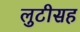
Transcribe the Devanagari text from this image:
लुटीसह